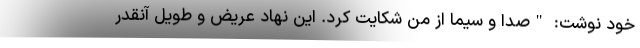
خود نوشت: "صدا و سیما از من شکایت کرد. این نهاد عریض و طویل آنقدر